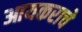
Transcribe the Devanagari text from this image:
आयकराचे